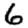
Digit: 6